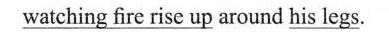
\underline{watching fire rise up} around \underline{his legs}.